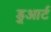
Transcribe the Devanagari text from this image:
डु्आर्ट